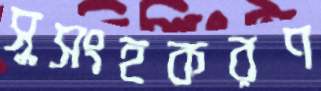
সুসংহকরণ